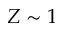
Z \sim 1